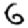
Digit: 6